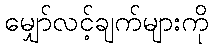
မျှော်လင့်ချက်များကို